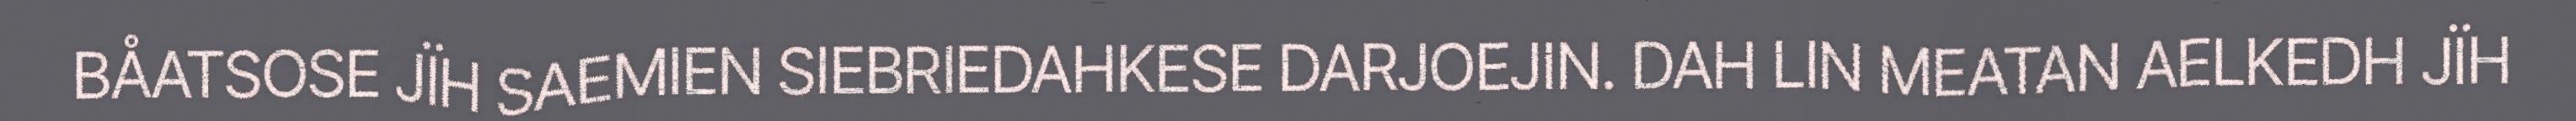
BÅATSOSE JÏH SAEMIEN SIEBRIEDAHKESE DARJOEJIN. DAH LIN MEATAN AELKEDH JÏH